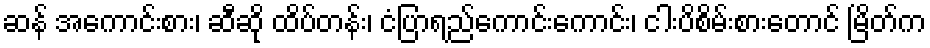
ဆန် အကောင်းစား၊ ဆီဆို ထိပ်တန်း၊ ငံပြာရည်ကောင်းကောင်း၊ ငါးပိစိမ်းစားတောင် မြိတ်က